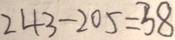
2 4 3 - 2 0 5 = 3 8